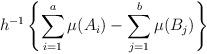
LaTeX: \begin{align*}h^{-1} \left\{\sum^a_{i=1} \mu(A_i) - \sum^b_{j=1} \mu(B_j)\right\}\end{align*}